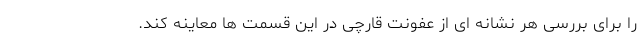
را برای بررسی هر نشانه ای از عفونت قارچی در این قسمت ها معاینه کند.